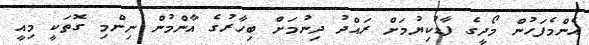
އެންމެފަހުން މޯދީގެ ފާޑުކިޔުމަށް ރައްދު ދިނުމަށް ބިހާރުގެ އާންމުން ނިންމި ގޮތަކީ މިއީ